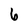
Character: 6